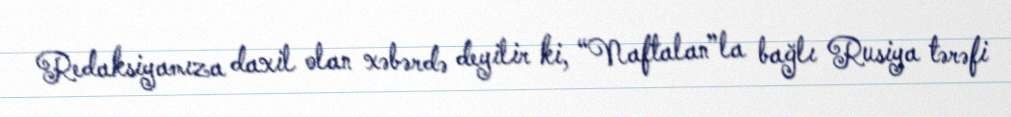
Redaksiyamıza daxil olan xəbərdə deyilir ki, “Naftalan”la bağlı Rusiya tərəfi